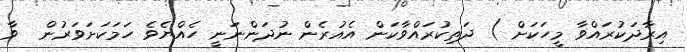
އިރާދަކުރައްވާ މީހަކަށް ) ދަތިކުރައްވާކަން އެއުރެން ނުދަންނަނީ ހެއްޔެވެ ހަމަކަށަވަރުން  ވާ